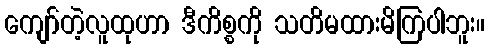
ကျော်တဲ့လူထုဟာ ဒီကိစ္စကို သတိမထားမိကြပါဘူး။